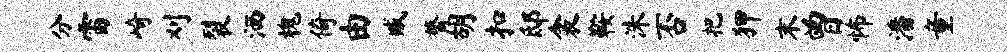
分雷崎刈裂洒槐倚由臧膂胡扣邸衾鞍洙否把狎末曾怖潘童